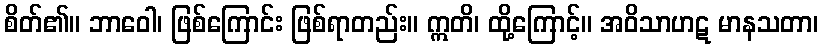
စိတ်၏။ ဘာဝေါ၊ ဖြစ်ကြောင်း ဖြစ်ရာတည်း။ ဣတိ၊ ထို့ကြောင့်။ အဝိသာဟဋ မာနသတာ၊